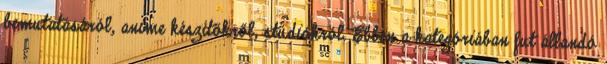
bemutatásáról, anime készítőkről, stúdiókról. Ebben a kategóriában fut állandó